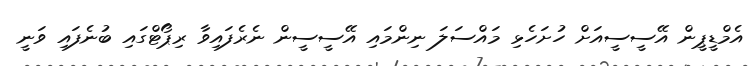
އެމްޑީޕީން އޭސީސީއަށް ހުށަހެޅި މައްސަލަ ނިންމައި އޭސީސީން ނެރެފައިވާ ރިޕޯޓްގައި ބުނެފައި ވަނީ